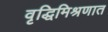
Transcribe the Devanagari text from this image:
वृद्धिमिश्रणात